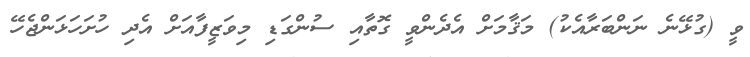
ވީ (ގުޅޭނެ ނަންބަރާއެކު) މަޤާމަށް އެދެންވީ ގޮތާއި ސުންގަޑި މިވަޒީފާއަށް އެދި ހުށަހަޅަންޖެހޭ